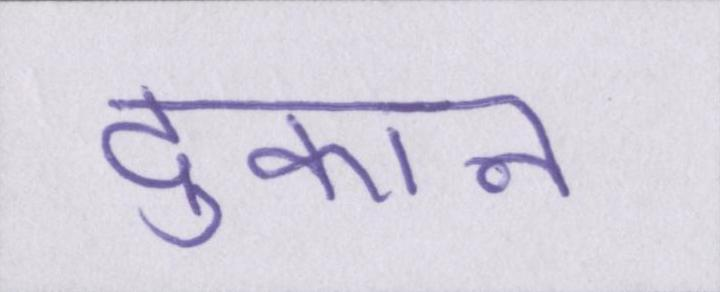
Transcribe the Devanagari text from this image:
दुकान